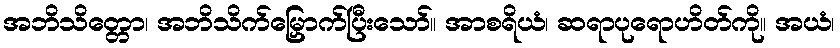
အဘိသိတ္တော၊ အဘိသိက်မြှောက်ပြီးသော်။ အာစရိယံ၊ ဆရာပုရောဟိတ်ကို။ အယံ၊